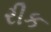
રીક